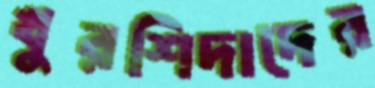
খুরশিদাদের